Vaccination in the Punjab 1905-1918 - 1905-1918
Year: 1905
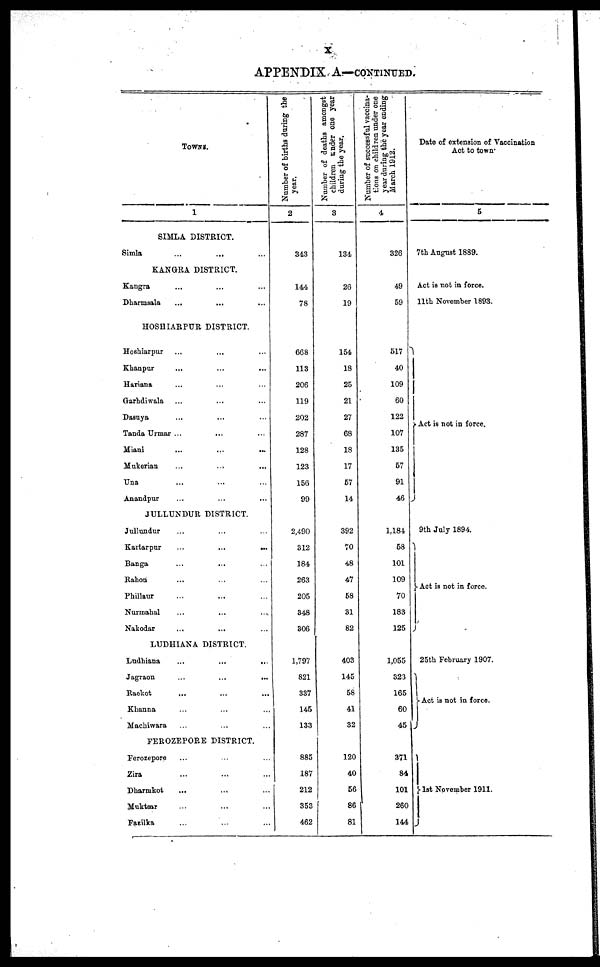
x
APPENDIX A—CONTINUED.
TOWNS.
1
SIMLA DISTRICT.
Simla
...
... ...
KANGRA DISTRICT.
Kangra ... ... ...
Dharmsala ... ... ...
HOSHIARPUR DISTRICT.
Hoshiarpur ... ... ...
Khanpur ... ... ...
Hariana ... ... ...
Garhdiwala ... ... ...
Dasuya ... ... ...
Tanda Urmar ... ... ...
Miani
...
...
...
Mukerian
...
...
...
Una ... ... ...
Anandpur ... ... ...
JULLUNDUR DISTRICT.
Jullundur ... ... ...
Kartarpur
...
...
...
Banga ... ... ...
Rahon ... ... ...
Phillaur ... ... ...
Nurmahal ... ... ...
Nakodar ... ... ...
LUDHIANA DISTRICT.
Lndhiana
...
...
...
Jagraon
...
...
...
Raekot
...
Khanna ... ... ...
Machiwara ... ... ...
FEROZEPORE DISTRICT.
Ferozepore ... ... ...
Zira ... ... ...
Dharmkot ... ... ...
Muktsar ... ... ...
Fazilka ... ... ...
Number of births during the
year.
2
343
144
78
668
113
206
119
202
287
128
123
156
99
2,490
312
184
263
205
348
306
1,797
821
337
145
133
885
187
212
353
462
Number of deaths amongst
children under one year
during the year.
3
134
26
19
154
18
25
21
27
68
18
17
57
14
392
70
48
47
58
31
82
403
145
58
41
32
120
40
56
86
81
Number of successful vaccina-
tions on children under one
year during the year ending
March 1912.
4
326
49
59
517
40
109
60
122
107
135
57
91
46
1,184
58
101
109
70
183
125
1,055
323
165
60
45
371
84
101
260
144
Date of extension of Vaccination
Act to town.
5
7th August 1889.
Act is not in force.
11th November 1893.
Act is not in force.
9th July 1894.
Act is not in force.
25th February 1907.
Act is not in force.
1st November 1911.